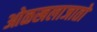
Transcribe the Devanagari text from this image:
ओळखलाजातो